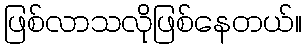
ဖြစ်လာသလိုဖြစ်နေတယ်။